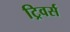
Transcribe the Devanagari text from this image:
ट्रिवर्स